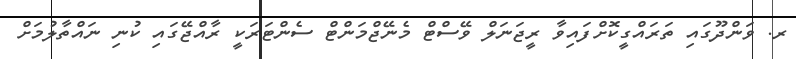
ރ. ވަންދޫގައި ތަރައްގީކޮށްފައިވާ ރީޖަނަލް ވޭސްޓް މެނޭޖްމަންޓް ސެންޓަރަކީ ރާއްޖޭގައި ކުނި ނައްތާލުމަށް